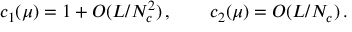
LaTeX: c _ { 1 } ( \mu ) = 1 + O ( L / N _ { c } ^ { 2 } ) \, , \qquad c _ { 2 } ( \mu ) = O ( L / N _ { c } ) \, .